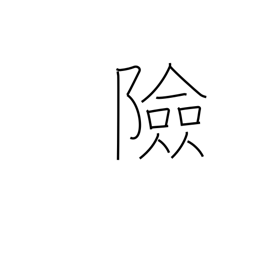
Meaning: impregnable position